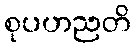
စုပဟညတိ